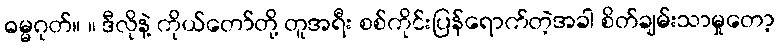
ဓမ္မဂုတ်။ ။ ဒီလိုနဲ့ ကိုယ်တော်တို့ တူအရီး စစ်ကိုင်းပြန်ရောက်တဲ့အခါ စိတ်ချမ်းသာမှုတော့